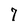
Character: 7